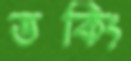
ডকিং